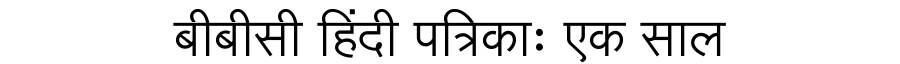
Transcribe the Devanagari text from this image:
बीबीसी हिंदी पत्रिकाः एक साल